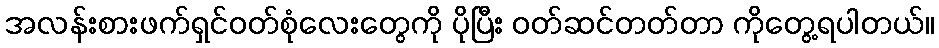
အလန်းစားဖက်ရှင်ဝတ်စုံလေးတွေကို ပိုပြီး ဝတ်ဆင်တတ်တာ ကိုတွေ့ရပါတယ်။